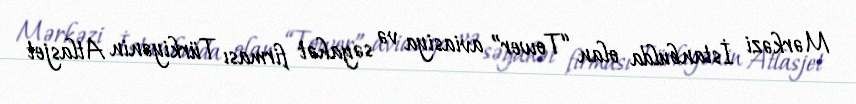
Mərkəzi İstanbulda olan “Tower” aviasiya və səyahət firması Türkiyənin Atlasjet